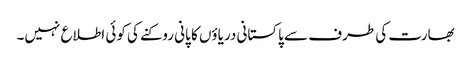
بھارت کی طرف سے پاکستانی دریاؤں کا پانی روکنے کی کوئی اطلاع نہیں۔